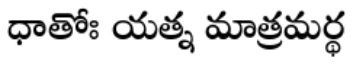
ధాతోః యత్న మాత్రమర్థ